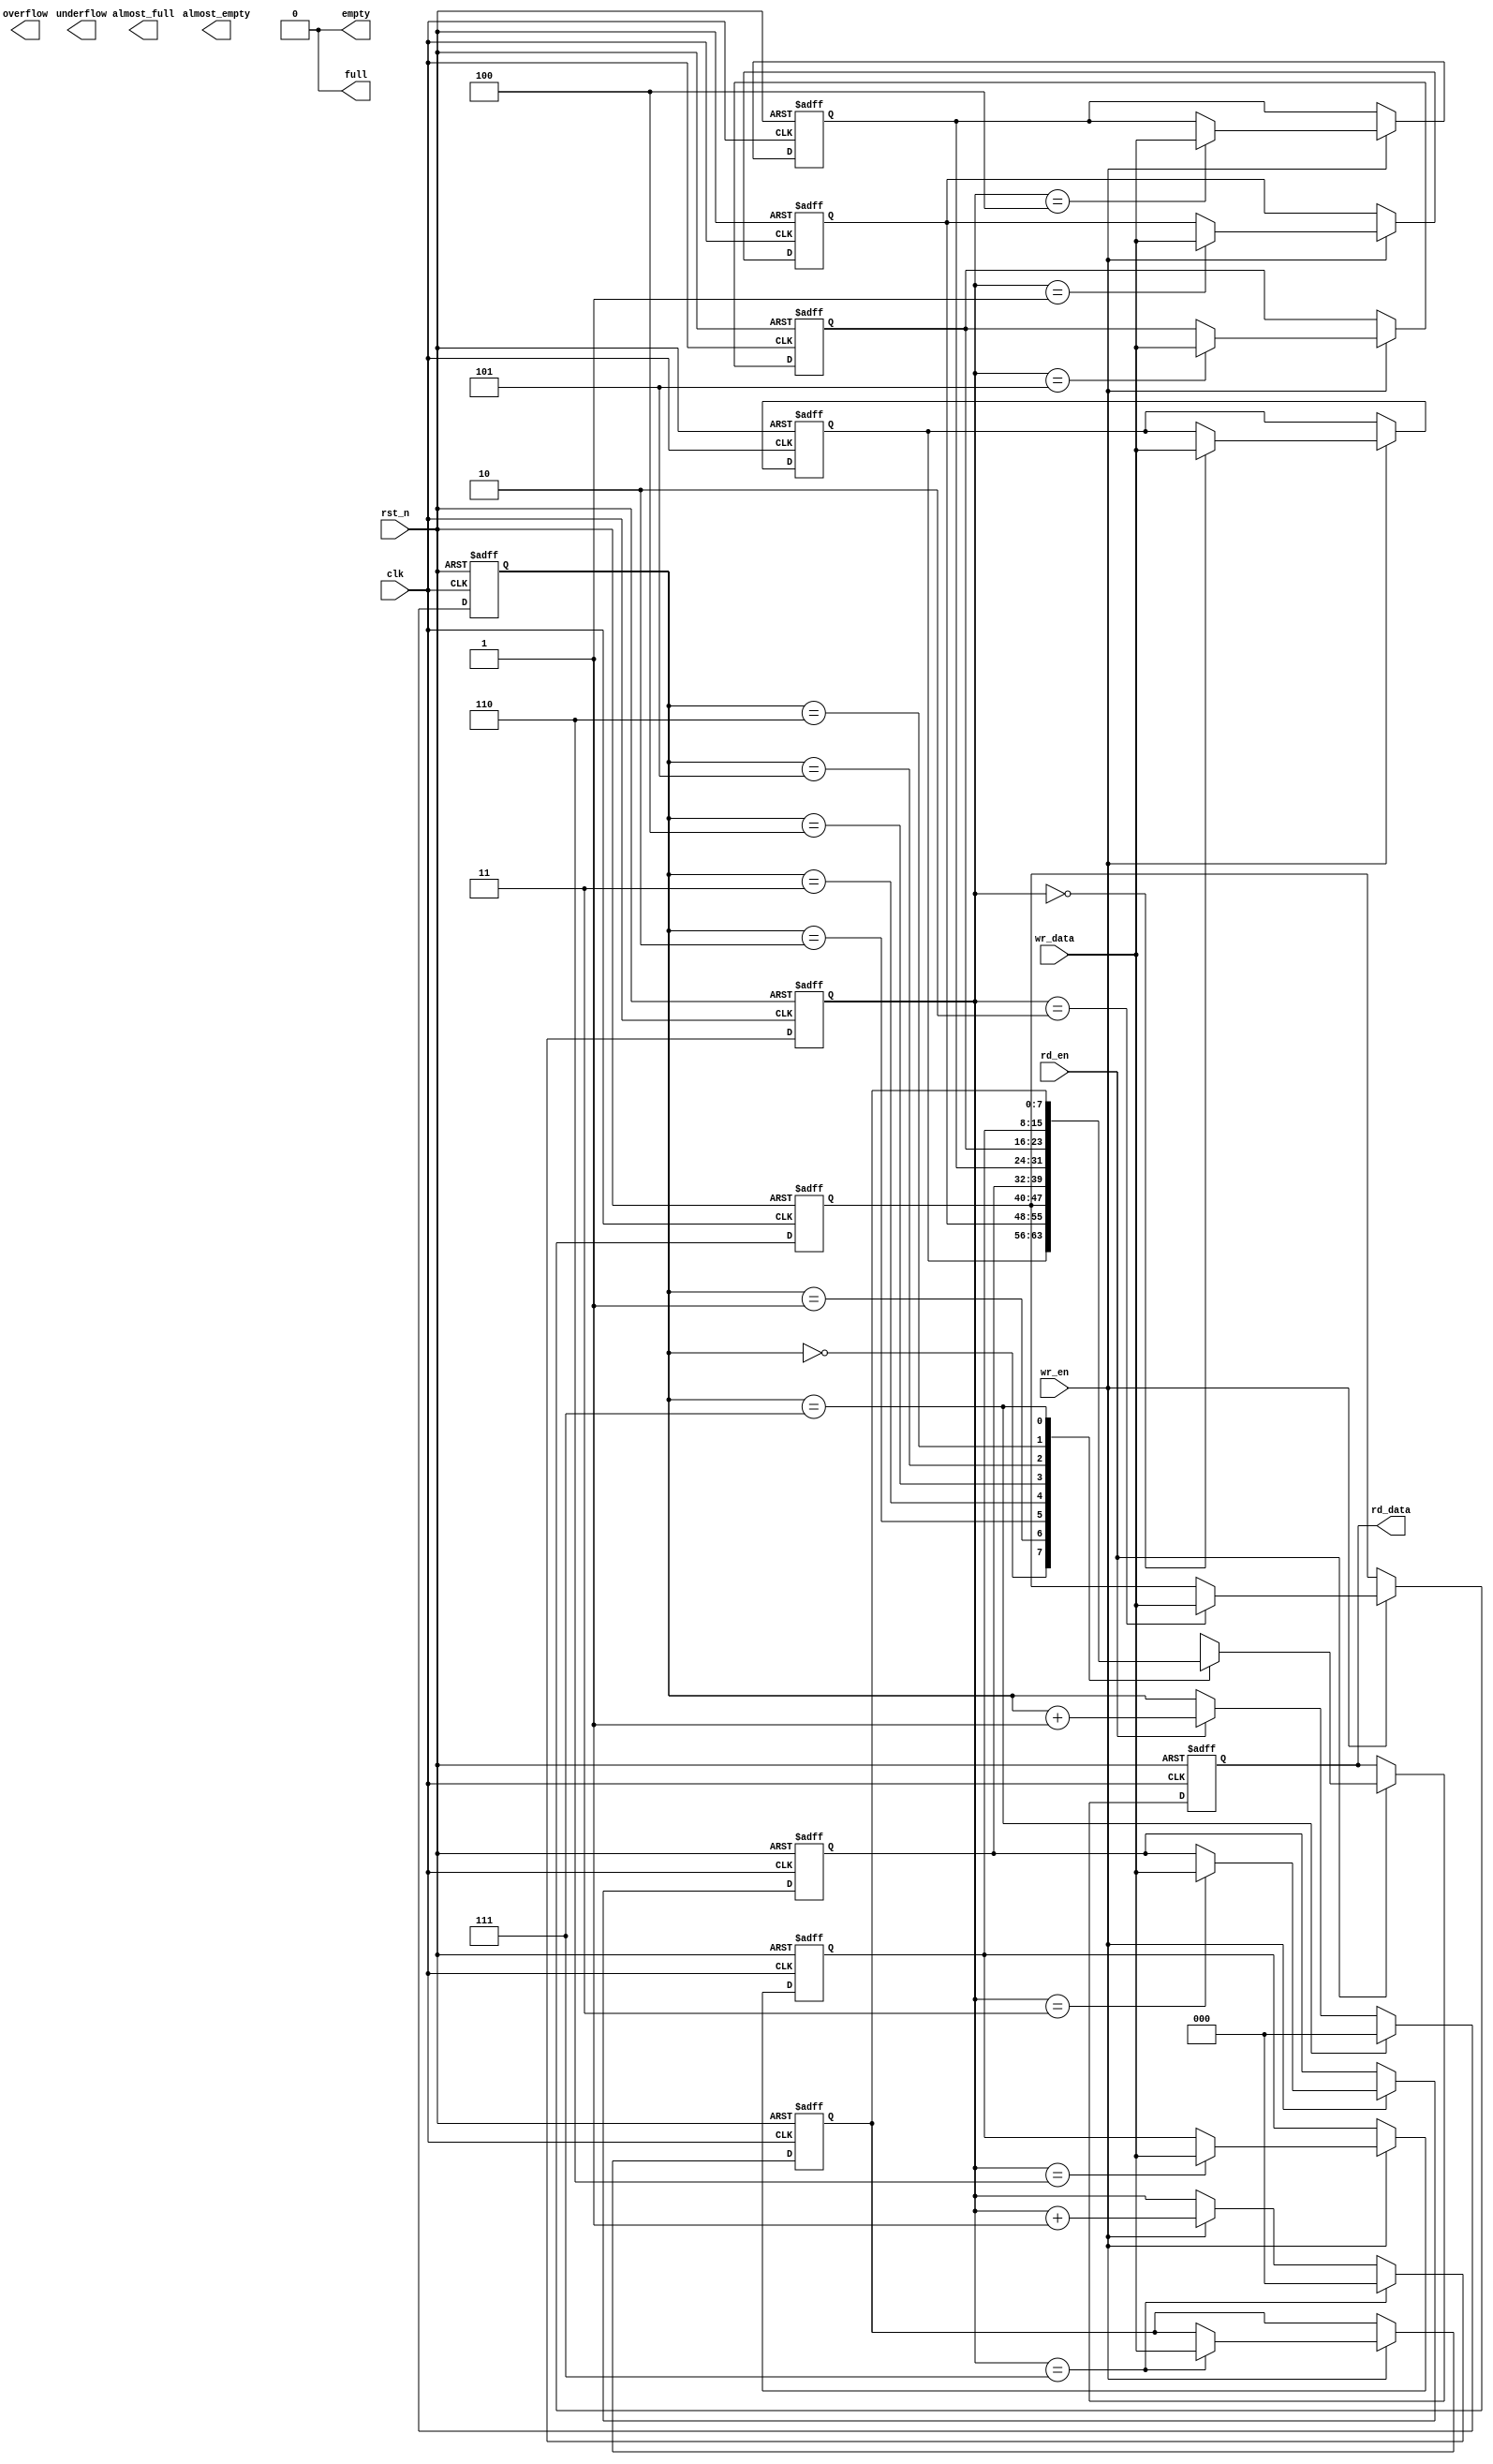
module sync_fifo # (
    parameter DATA_WIDTH = 8,
    parameter FIFO_DEPTH = 8,
    parameter AFULL_DEPTH = FIFO_DEPTH-1,
    parameter ADDR_WIDTH  = 3
)(
    input  clk,
    input  rst_n,
    input  wr_en,
    input  [DATA_WIDTH-1:0] wr_data,
    input  rd_en,
    output reg [DATA_WIDTH-1:0] rd_data,
    output  full,
    output  empty,
    output almost_full,
    output almost_empty,
    output overflow,
    output underflow
);

reg [ADDR_WIDTH-1:0] wr_ptr;
reg [ADDR_WIDTH-1:0] rd_ptr;
reg [ADDR_WIDTH:0]   fifo_cnt;
reg [DATA_WIDTH-1:0] buf_mem [0:FIFO_DEPTH-1];

always @(posedge clk or negedge rst_n) begin
    if(!rst_n)
        fifo_cnt <= {(ADDR_WIDTH){1'b0}};
        else begin
            if(rd_en && wr_en && ~full && ~empty)
                fifo_cnt <=fifo_cnt;
            else if(wr_en && ~full)
                fifo_cnt <= fifo_cnt + 1;
            else if(rd_en && ~empty)
                fifo_cnt <= fifo_cnt-1;
        end
end 

always @(posedge clk or negedge rst_n) begin
   if(!rst_n)
        wr_ptr <= {ADDR_WIDTH{1'b0}};
    else begin
        if(wr_ptr==FIFO_DEPTH-1)
            wr_ptr <= {ADDR_WIDTH{1'b0}};
      else if(wr_en && ~full)
            wr_ptr <= wr_ptr + 1'b1;
    end 
end

always @(posedge clk or negedge rst_n) begin
    if(!rst_n)
         rd_ptr <= {ADDR_WIDTH{1'b0}};
     else begin
         if(rd_ptr==FIFO_DEPTH-1)
             rd_ptr <= {ADDR_WIDTH{1'b0}};
       else if(rd_en && ~empty)
             rd_ptr <= rd_ptr + 1'b1;
     end 
 end

 integer II;    

 always @(posedge clk or negedge rst_n) begin
     if(!rst_n)
        for(II=0;II<FIFO_DEPTH;II=II+1)
            buf_mem[II] <= {DATA_WIDTH{1'b0}};
        else if(wr_en && ~full)
            buf_mem[wr_ptr] <= wr_data;
 end

 always @(posedge clk or negedge rst_n) begin
     if(!rst_n)
        rd_data <= {DATA_WIDTH{1'b0}};
     else if(rd_en && ~empty)
        rd_data <= buf_mem[rd_ptr];
 end

 assign full = FIFO_DEPTH;

 assign empty = {(ADDR_WIDTH+1){1'b0}};

endmodule